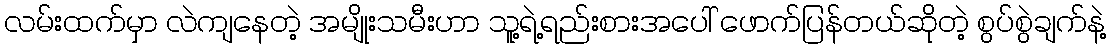
လမ်းထက်မှာ လဲကျနေတဲ့ အမျိုးသမီးဟာ သူ့ရဲ့ရည်းစားအပေါ် ဖောက်ပြန်တယ်ဆိုတဲ့ စွပ်စွဲချက်နဲ့